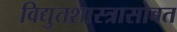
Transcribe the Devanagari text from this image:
विद्युतशास्त्रासोबत